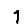
Digit: 1